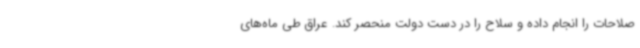
صلاحات را انجام داده و سلاح را در دست دولت منحصر کند. عراق طی ماه‌های